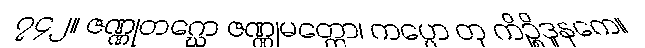
၇၄၂။ ဇဏ္ဏုတဂ္ဃော ဇဏ္ဏုမတ္တော၊ ကပ္ပော တု ကိဉ္စိဒူနကေ။